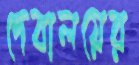
দেবালয়ের